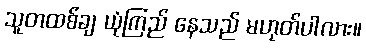
သူတထစ်ချ ယုံကြည် နေသည် မဟုတ်ပါလား။